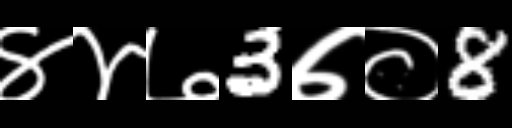
Text: ४४७3७०8